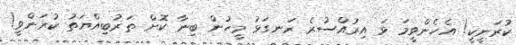
ކުރަނީކީ! އެހެންވީމަ ޅަ އިރުއްސުރެ ރަނގަޅު މީހުން ބިނާ ކޮށް ތަރުބިއްޔަތު ކުރަންވީ!